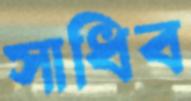
সাধিব